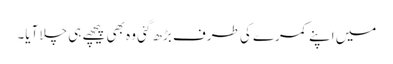
میں اپنے کمرے کی طرف بڑھ گئی وہ بھی پیچھے ہی چلا آیا۔